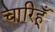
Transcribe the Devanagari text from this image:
चारिहूँ